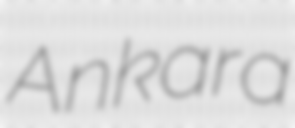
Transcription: Ankara